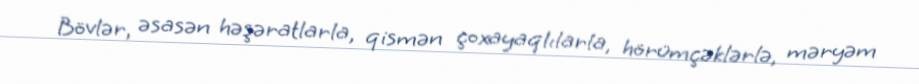
Bövlər, əsasən həşəratlarla, qismən çoxayaqlılarla, hörümçəklərlə, məryəm